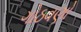
ગોઠવણો